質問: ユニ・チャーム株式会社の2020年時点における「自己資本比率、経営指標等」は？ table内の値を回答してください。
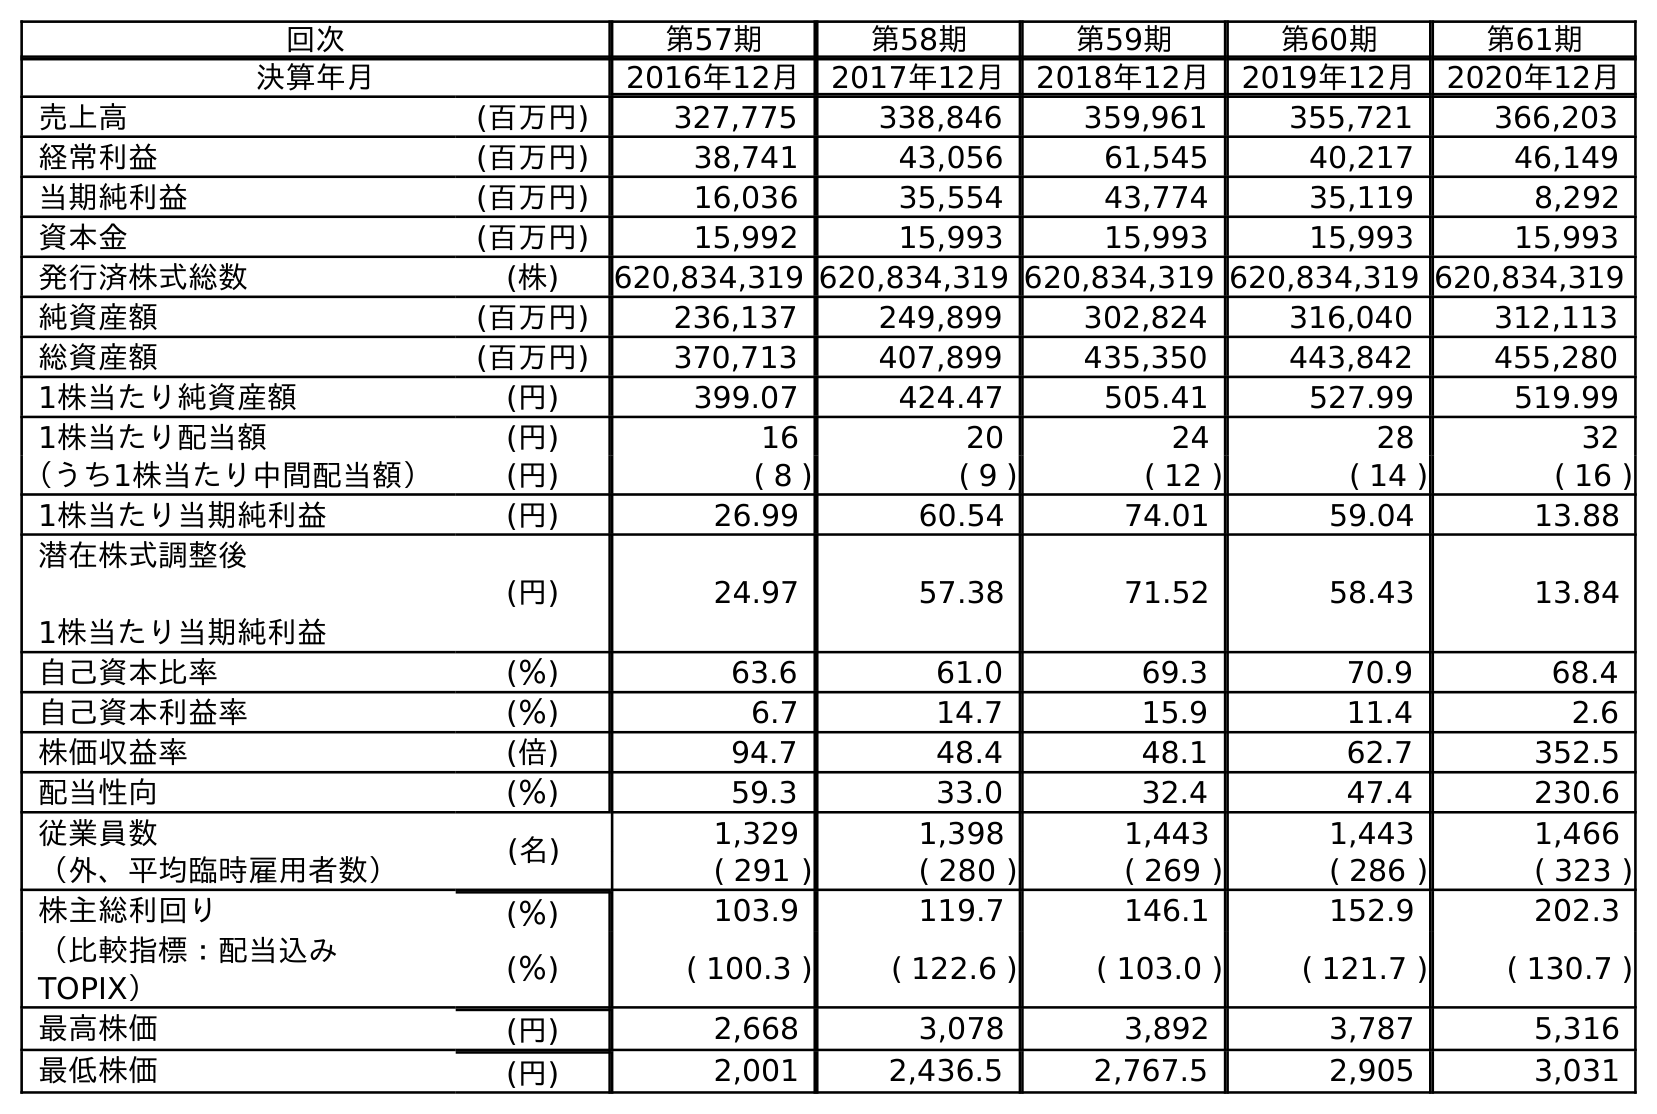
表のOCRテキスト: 回次 第57期 第58期 第59期 第60期 第61期 決算年月 2016年12月 2017年12月 2018年12月 2019年12月 2020年12月 売上高 (百万円) 327,775 338,846 359,961 355,721 366,203 経常利益 (百万円) 38,741 43,056 61,545 40,217 46,149 当期純利益 (百万円) 16,036 35,554 43,774 35,119 8,292 資本金 (百万円) 15,992 15,993 15,993 15,993 15,993 発行済株式総数 (株) 620,834,319 620,834,319 620,834,319 620,834,319 620,834,319 純資産額 (百万円) 236,137 249,899 302,824 316,040 312,113 総資産額 (百万円) 370,713 407,899 435,350 443,842 455,280 1株当たり純資産額 (円) 399.07 424.47 505.41 527.99 519.99 1株当たり配当額 (円) 16 20 24 28 32 （うち1株当たり中間配当額） (円) ( 8 ) ( 9 ) ( 12 ) ( 14 ) ( 16 ) 1株当たり当期純利益 (円) 26.99 60.54 74.01 59.04 13.88 潜在株式調整後 1株当たり当期純利益 (円) 24.97 57.38 71.52 58.43 13.84 自己資本比率 (％) 63.6 61.0 69.3 70.9 68.4 自己資本利益率 (％) 6.7 14.7 15.9 11.4 2.6 株価収益率 (倍) 94.7 48.4 48.1 62.7 352.5 配当性向 (％) 59.3 33.0 32.4 47.4 230.6 従業員数 (名) 1,329 1,398 1,443 1,443 1,466 （外、平均臨時雇用者数） ( 291 ) ( 280 ) ( 269 ) ( 286 ) ( 323 ) 株主総利回り (％) 103.9 119.7 146.1 152.9 202.3 （比較指標：配当込み TOPIX） (％) ( 100.3 ) ( 122.6 ) ( 103.0 ) ( 121.7 ) ( 130.7 ) 最高株価 (円) 2,668 3,078 3,892 3,787 5,316 最低株価 (円) 2,001 2,436.5 2,767.5 2,905 3,031
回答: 68.4